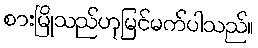
စားမြိုသည်ဟုမြင်မက်ပါသည်။